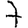
Digit: 7